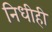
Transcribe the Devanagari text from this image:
निधीही